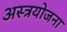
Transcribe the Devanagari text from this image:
अस्त्रयोजना